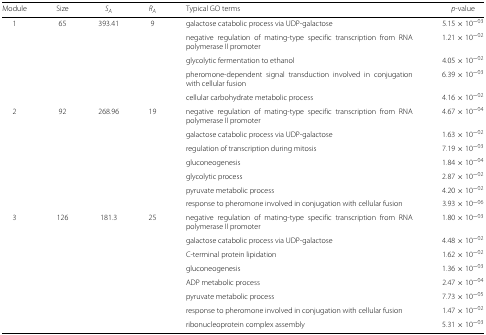
<table><thead><tr><td><b>Module</b></td><td><b>Size</b></td><td><b><i>S</i><sub><i>A</i></sub></b></td><td><b><i>R</i><sub><i>A</i></sub></b></td><td><b>Typical GO terms</b></td><td><b><i>p</i>-value</b></td></tr></thead><tbody><tr><td>1</td><td>65</td><td>393.41</td><td>9</td><td>galactose catabolic process via UDP-galactose</td><td>5.15×10<sup>−03</sup></td></tr><tr><td></td><td></td><td></td><td></td><td>negative regulation of mating-type specific transcription from RNA polymerase II promoter</td><td>1.21×10<sup>−02</sup></td></tr><tr><td></td><td></td><td></td><td></td><td>glycolytic fermentation to ethanol</td><td>4.05×10<sup>−02</sup></td></tr><tr><td></td><td></td><td></td><td></td><td>pheromone-dependent signal transduction involved in conjugation with cellular fusion</td><td>6.39×10<sup>−03</sup></td></tr><tr><td></td><td></td><td></td><td></td><td>cellular carbohydrate metabolic process</td><td>4.16×10<sup>−02</sup></td></tr><tr><td>2</td><td>92</td><td>268.96</td><td>19</td><td>negative regulation of mating-type specific transcription from RNA polymerase II promoter</td><td>4.67×10<sup>−04</sup></td></tr><tr><td></td><td></td><td></td><td></td><td>galactose catabolic process via UDP-galactose</td><td>1.63×10<sup>−02</sup></td></tr><tr><td></td><td></td><td></td><td></td><td>regulation of transcription during mitosis</td><td>7.19×10<sup>−03</sup></td></tr><tr><td></td><td></td><td></td><td></td><td>gluconeogenesis</td><td>1.84×10<sup>−04</sup></td></tr><tr><td></td><td></td><td></td><td></td><td>glycolytic process</td><td>2.87×10<sup>−02</sup></td></tr><tr><td></td><td></td><td></td><td></td><td>pyruvate metabolic process</td><td>4.20×10<sup>−02</sup></td></tr><tr><td></td><td></td><td></td><td></td><td>response to pheromone involved in conjugation with cellular fusion</td><td>3.93×10<sup>−06</sup></td></tr><tr><td>3</td><td>126</td><td>181.3</td><td>25</td><td>negative regulation of mating-type specific transcription from RNA polymerase II promoter</td><td>1.80×10<sup>−03</sup></td></tr><tr><td></td><td></td><td></td><td></td><td>galactose catabolic process via UDP-galactose</td><td>4.48×10<sup>−02</sup></td></tr><tr><td></td><td></td><td></td><td></td><td>C-terminal protein lipidation</td><td>1.62×10<sup>−02</sup></td></tr><tr><td></td><td></td><td></td><td></td><td>gluconeogenesis</td><td>1.36×10<sup>−03</sup></td></tr><tr><td></td><td></td><td></td><td></td><td>ADP metabolic process</td><td>2.47×10<sup>−04</sup></td></tr><tr><td></td><td></td><td></td><td></td><td>pyruvate metabolic process</td><td>7.73×10<sup>−05</sup></td></tr><tr><td></td><td></td><td></td><td></td><td>response to pheromone involved in conjugation with cellular fusion</td><td>1.47×10<sup>−02</sup></td></tr><tr><td></td><td></td><td></td><td></td><td>ribonucleoprotein complex assembly</td><td>5.31×10<sup>−03</sup></td></tr></tbody></table>